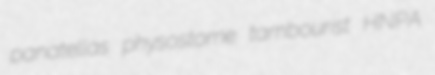
panatellas physostome tambourist HNPA